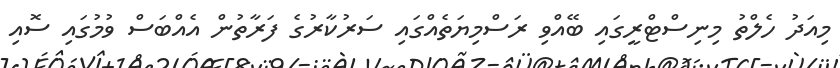
މިއަދު ހެލްތު މިނިސްޓްރީގައި ބޭއްވި ރަސްމިޔަތެއްގައި ސަރުކާރުގެ ފަރާތުން އެއްބަސް ވުމުގައި ސޮއި